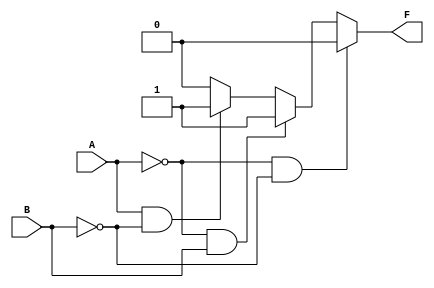
module two_variable_kmap (
    input wire A,  // Input variable A
    input wire B,  // Input variable B
    output wire F  // Output variable F
);

// K-map Outputs (Example: you can modify F0, F1, F2, F3 as needed)
parameter F0 = 0; // K-map cell for A=0, B=0
parameter F1 = 1; // K-map cell for A=0, B=1
parameter F2 = 1; // K-map cell for A=1, B=0
parameter F3 = 0; // K-map cell for A=1, B=1

// Combinational logic for output F based on K-map
assign F = (A == 0 && B == 0) ? F0 :
           (A == 0 && B == 1) ? F1 :
           (A == 1 && B == 0) ? F2 :
           (A == 1 && B == 1) ? F3 : 0; // Default case (shouldn't be needed)

endmodule